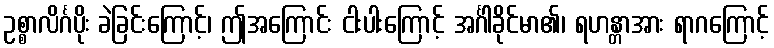
ဥစ္စာလိင်္ဂပိုး ခဲခြင်းကြောင့်၊ ဤအကြောင်း ငါးပါးကြောင့် အင်္ဂါခိုင်မာ၏၊ ရဟန္တာအား ရာဂကြောင့်